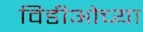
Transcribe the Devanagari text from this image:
विडीओच्या